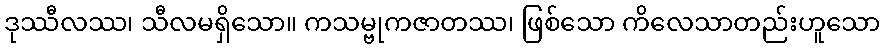
ဒုဿီလဿ၊ သီလမရှိသော။ ကသမ္ဗုကဇာတဿ၊ ဖြစ်သော ကိလေသာတည်းဟူသော